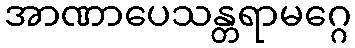
အာဏာပေသန္တရာမဂ္ဂေ